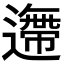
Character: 𨗼